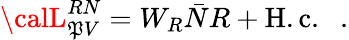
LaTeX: {\calL}_{\mathfrak{P}V}^{RN}=W_{R}{\bar{{N}}}R+{\mathrm{{H.c.}}}\ \ \ .